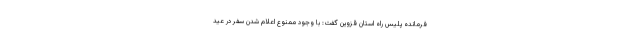
فرمانده پلیس راه استان قزوین گفت: با وجود ممنوع اعلام شدن سفر در عید